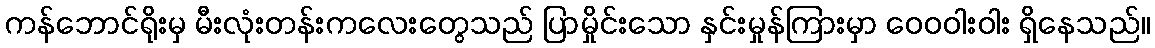
ကန်ဘောင်ရိုးမှ မီးလုံးတန်းကလေးတွေသည် ပြာမှိုင်းသော နှင်းမှုန်ကြားမှာ ဝေဝဝါးဝါး ရှိနေသည်။